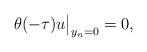
LaTeX: \begin{align*} \theta(-\tau)u\big|_{y_n=0}=0,\end{align*}